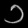
Digit: ၁